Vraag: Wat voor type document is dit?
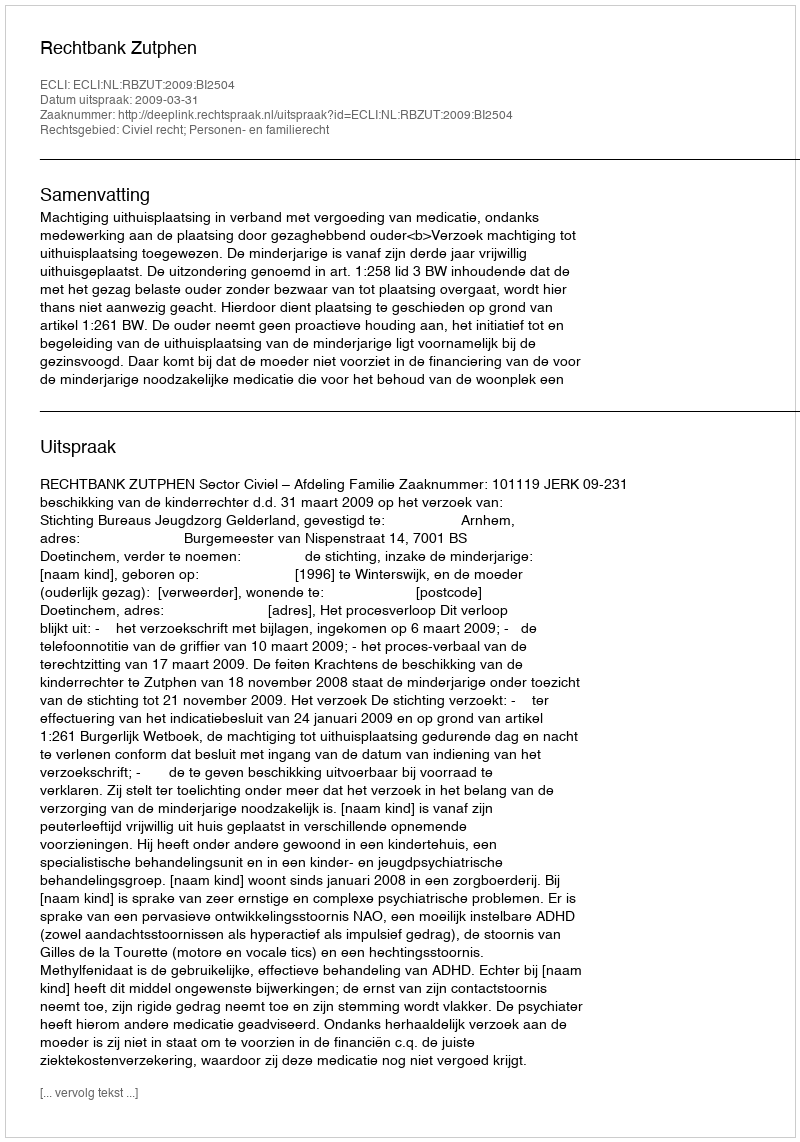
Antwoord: Uitspraak